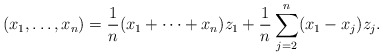
\begin{align*}(x_1,\dots, x_n)=\frac{1}{n}(x_1+\cdots+x_n)z_1 + \frac{1}{n}\sum_{j=2}^n(x_1-x_j)z_j.\end{align*}